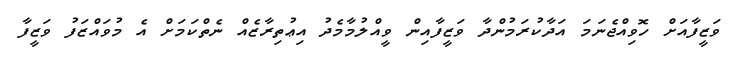
ވަޒީފާއަށް ހޮވިއްޖެނަމަ އަދާކުރަމުންދާ ވަޒީފާއިން ވީއްލުމާމެދު އިޢުތިރާޒެއް ނެތްކަމަށް އެ މުވައްޒަފު ވަޒީފާ